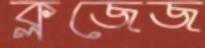
ক্লজেজ